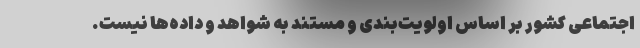
اجتماعی کشور بر اساس اولویت‌بندی و مستند به شواهد و داده‌ها نیست.